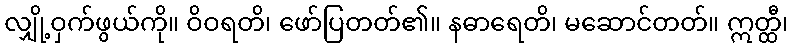
လျှို့ဝှက်ဖွယ်ကို။ ဝိဝရတိ၊ ဖော်ပြတတ်၏။ နဓာရေတိ၊ မဆောင်တတ်။ ဣတ္ထီ၊